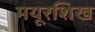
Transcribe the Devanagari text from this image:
मयूरशिख